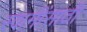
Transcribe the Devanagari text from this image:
स्वामींसाठी